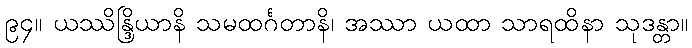
၉၄။ ယဿိန္ဒြိယာနိ သမထင်္ဂတာနိ၊ အဿာ ယထာ သာရထိနာ သုဒန္တာ။